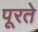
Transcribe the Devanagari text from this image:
पूरते